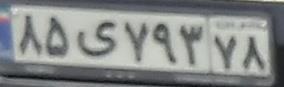
۸۵ی۷۹۳۷۸